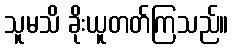
သူမသိ ခိုးယူတတ်ကြသည်။